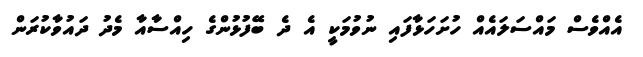
އެއްވެސް މައްސަލައެއް ހުށަހަޅާފައި ނުވުމަކީ އެ ދެ ބޭފުޅުންގެ ހިއްސާއާ މެދު ދައުވާކުރަން